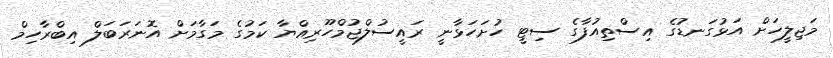
މަޖިލީހަށް އަޅުގަނޑުގެ އިސްތިއުފާގެ ސިޓީ ހުށަހަޅާނީ ރައީސުލްޖުމްހޫރިއްޔާ ކަމުގެ މަގާމަށް އޮނަރަބަލް އިބްރާހިމް